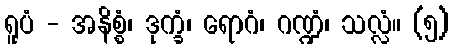
ရူပံ - အနိစ္စံ၊ ဒုက္ခံ၊ ရောဂံ၊ ဂဏ္ဍံ၊ သလ္လံ။ (၅)